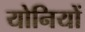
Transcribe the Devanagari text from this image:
योनियों